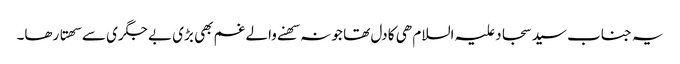
یہ جناب سید سجاد علیہ السلام ھی کا دل تھا جو نہ سھنے والے غم بھی بڑی بے جگری سے سھتا رھا۔